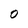
Character: O